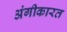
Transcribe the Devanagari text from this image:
अंगीकारत